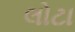
લોટા